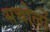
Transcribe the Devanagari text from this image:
सचोलों